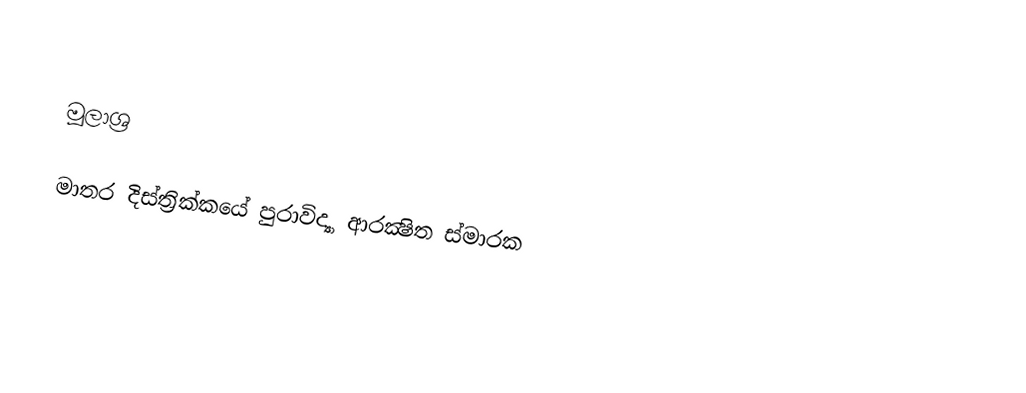

මූලාශ්‍ර

මාතර දිස්ත්‍රික්කයේ පුරාවිද්‍යා ආරක්‍ෂිත ස්මාරක